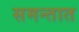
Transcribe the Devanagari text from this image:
समन्तात